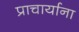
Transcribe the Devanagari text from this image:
प्राचार्याना